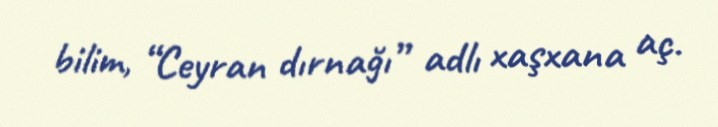
bilim, “Ceyran dırnağı” adlı xaşxana aç.